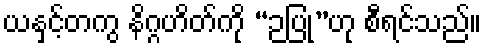
ယနှင့်တကွ နိဂ္ဂဟိတ်ကို “ဉပြု”ဟု စီရင်သည်။